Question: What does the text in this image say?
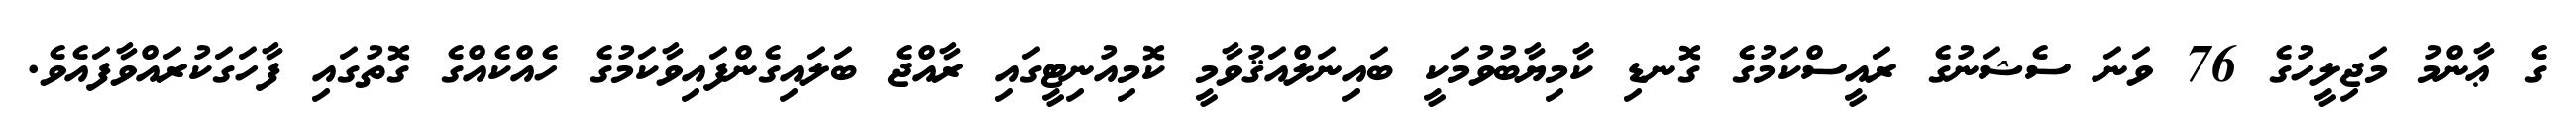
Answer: ގެ ޢާންމު މަޖިލީހުގެ 76 ވަނަ ސެޝަނުގެ ރައީސްކަމުގެ ގޮނޑި ކާމިޔާބުވުމަކީ ބައިނަލްއަޤުވާމީ ކޮމިއުނިޓީގައި ރާއްޖެ ބަލައިގެންފައިވާކަމުގެ ހެއްކެއްގެ ގޮތުގައި ފާހަގަކުރައްވާފައެވެ.